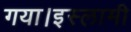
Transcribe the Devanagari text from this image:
गया।इस्लामी